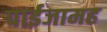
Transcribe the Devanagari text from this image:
पाईजामह